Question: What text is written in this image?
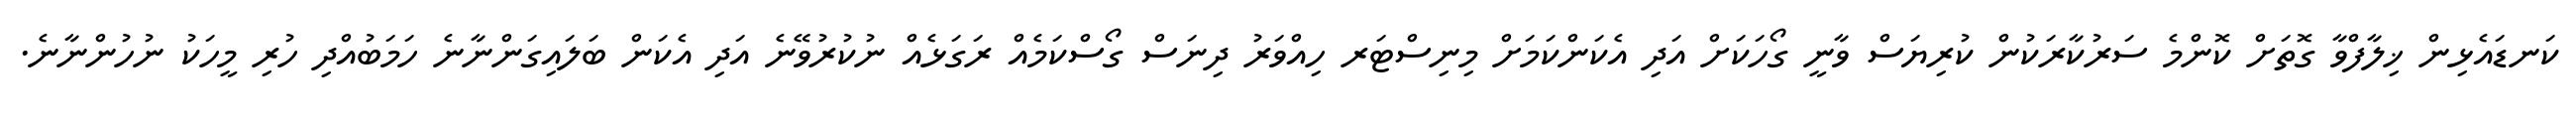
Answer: ކަނޑައެޅިން ޚިލާފްވާ ގޮތަށް ކޮންމެ ސަރުކާރަކުން ކުރިޔަސް ވާނީ ގޯހަކަށް އަދި އެކަންކަމަށް މިނިސްޓަރ ހިއްވަރު ދިނަސް ގޯސްކަމެއް ރަގަޅެއް ނުކުރުވޭނެ އަދި އެކަން ބަލައިގަންނާނެ ހަމަބުއްދި ހުރި މީހަކު ނުހުންނާނެ.